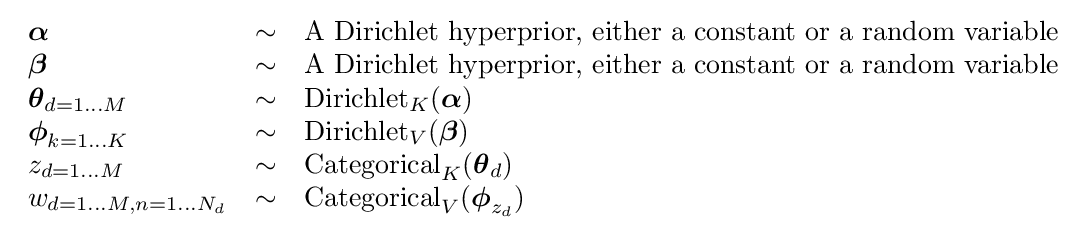
{\begin{array}{lcl}{\boldsymbol {\alpha }}&\sim &{\text{A Dirichlet hyperprior, either a constant or a random variable}}\\{\boldsymbol {\beta }}&\sim &{\text{A Dirichlet hyperprior, either a constant or a random variable}}\\{\boldsymbol {\theta }}_{d=1\dots M}&\sim &\operatorname {Dirichlet} _{K}({\boldsymbol {\alpha }})\\{\boldsymbol {\phi }}_{k=1\dots K}&\sim &\operatorname {Dirichlet} _{V}({\boldsymbol {\beta }})\\z_{d=1\dots M}&\sim &\operatorname {Categorical} _{K}({\boldsymbol {\theta }}_{d})\\w_{d=1\dots M,n=1\dots N_{d}}&\sim &\operatorname {Categorical} _{V}({\boldsymbol {\phi }}_{z_{d}})\\\end{array}}